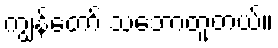
ကျွန်တော် သဘောတူတယ်။